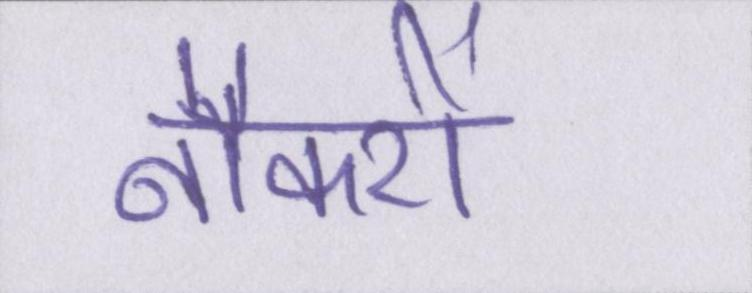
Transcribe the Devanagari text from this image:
नौकरों